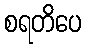
စရတိပေ